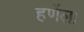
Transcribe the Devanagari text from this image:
हर्णेला